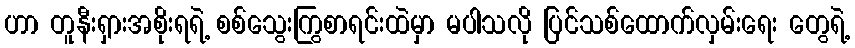
ဟာ တူနီးရှားအစိုးရရဲ့ စစ်သွေးကြွစာရင်းထဲမှာ မပါသလို ပြင်သစ်ထောက်လှမ်းရေး တွေရဲ့